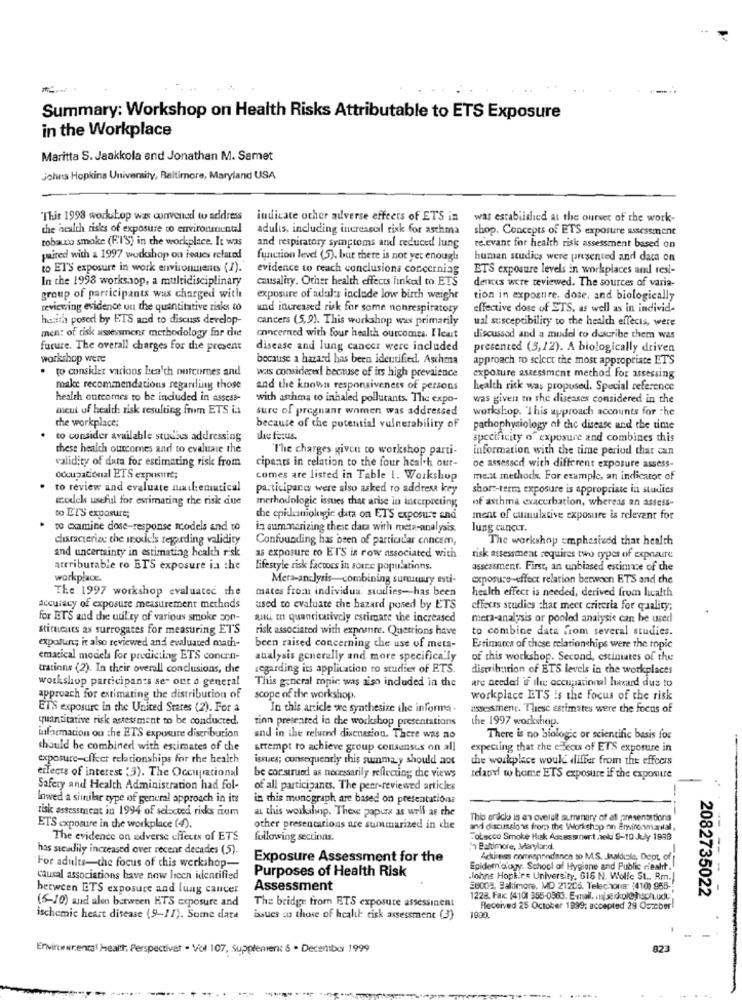
Summary: Workshop on Health Risks Attributable to ETS Exposure
in the Workplace
Maritta S. Jaakkola and Jonathan M. Samet
Johns Hopkins University, Baltimore, Maryland USA
This 1998 workshop was conventi to address
indicate other adverse effects of ETS in
was established at the ourver of the work-
the health risks of exposure to environmountal
adults, including increscol risk for asthma
shop. Concepts of ETS exposure assessment
tobauno smoke (F.I'S) in the workplace. It was
and respiratory symptoms and reduced lung
relevant for health risk assessment based on
paired with & 1997 wodshop on issues related
function level (5). bar there is not yet enough
human studies were presented and data on
to ET'S exposure in work environments (1).
evidence to reach conclusions concerniag
ETS exposure levels in workplaces and resi-
In the 1998 workshop, a multidisciplinary
causality. Other health effects finkel to ETS
dences were reviewed. The sources of varia-
group of parricipants was charged with
exposure of adul's include low birth weight
tion in exposure, dose, and biologically
reviewing evidence un the quantitative risks to
und increased risk for some nonrespiratory
effective dose of ETS, as well as in individ-
harith posed by ETS and to discuss develop
cancers (5,9). This workshop was primarily
ual susceptibility to the health effects, were
men: of risk assessment methodology for die
concerned with four health outcomes. I least
discussed and a model to describe them was
future. The overall charges for the present
disease and lung cancer were included
presented (5,12). A biologically driven
workshop were
because a hazard has been identified. Asthma
approach to select the most appropriate ETS
. to consider various ben'th ontcornes and
was considere! because of its high prevalence
expoture assessment method For assessing
make recommendations regarding those
and the known responsiveness of persons
health risk was proposed. Special reference
health outcomes to be included in assess-
with asthma to inhaled pollutants. The expo-
was given in the diseases considered in the
meut of health risk resulting from ETS in
sure of pregnant women was addressed
workshop. "This approach accounts for The
the workplace;
because of the potential vulnerability of
pathophysiology of the disease and the time
to consider available studies addressing
the fetus.
specificity of exposure and combines this
these health ouncomes and to evaluate the
'The charges given to workshop parti-
information with the time period that can
validity of data for estimating risk from
cipants in relation to the four health out-
be assessed with different exposure assess-
Occupational ETS exposure;
comes are listed in Table 1. Workshop
mest methods. For example, an indicator of
to review and evaluate niilemutical
participara were also asked ro address key
short-term exposure is appropriate in studies
model useful for estimating the risk due
methodologie issues that arise in interpreting
of asthma exacerbation, whereas an assess-
to L'T'S exposure;
the epidemiologic data on ETS exposure and
ment of cumulative exposure is relevant for
to examine dose-response models and to
in summarizing these daca with meta-analysis.
lung cancer.
characterize the models regarding validity
Confounding has been of particular concem,
The workshop emphasiesd that health
and uncertainty in estimating health risk
as exposure to ETS is row associated with
risk assessment requires two types of exposure
atrributable ro ETS exposure ia the
lifestyle risk factors in soure populations.
assessment. First, an unbiased estimate of the
workplace.
Mera-analysis-combining sunuuary esti-
exposure-effect relation between ETS and the
The 1997 workshop evaluated the
mates from individua. studies-has been
health effect is needed, derived from health
accuracy of exposure measurement methods
used to evaluate the hazard posed by ETS
effects studies chat meet criteria for quality;
for ETS and die udl ty of various smoke son-
au in quantitatively estimate the increased
meta-analysis or pooled analysis can be used
stinients as surrogates for measuring ET'S
risk associated with expnare. Quetrions have
to combine data from several studies.
expofur; it also reviewed and evaluated math-
been raised concerning the use of meta-
Estimates of these relationships were the topic
ematical models for predicting ETS conern-
analysis generally and more specifically
of this workshop. Second, estimates of the
tratinns (2). In their overall conclusions, the
regarding its application to studies of ETS.
distribution of ETS levels in the workplaces
workshop participants se- out a general
This general mpie was aiso induded in the
are needed if ile occupational hasard dus to
approach for estimating the distribution of
scope of the workshop,
workplace ETS Is the focus of the risk
ET'S exposure in the United States (2). For a
In this article we synthesize the informa.
assessment. These estimates were the focus of
quantitative risk assessment to be conducted.
tinn presented in the workshop presentations
the 1997 workshop.
information on the ETS exposure distribution
and in the reluend discussion. There was no
There is no biologic or scientific basis for
should be combined with estimates of the
attempt to achieve group consensus on all
expecting that the execus of ETS exporure in
exposure-cfleet relationships for the health
issues; consequently this summary should act
the workplace would differ from the effects
effects of interest (3). The Occupational
be construed as necessarily reflecting the views
Idapel w home ETS exposure if the exposure
Safety and Health Administration had fol-
of all participants. The peer-reviewed articles
lowed a similar type of general approach in its
in this monograph are based on presentations
risk assessment in 1994 of selected risks iam
at this workshop. These papers as well as the
This andclo is an overult summary of at presentations
ETS exposure in the workplace (4).
other presentations are summarized in che
and discussions from the Workshop on Environmarital,
The evidence on adverse effects of ETS
following sections.
Tobacco Smoke Husk Assassinort heki 9-10 July 1888
has steadily increased over recent decades (5).
7 Baltimore, Maryland.
Exposure Assessment for the
Ackiness commepandance to M.S. Jakduale, Dept. of
For adults-the focus of chis werkshop
Purposes of Health Risk
Epidem'a'owy. School of Hygiene and Public riesht .!
causal associations have now licen identified
Johns Hopkins University, 616 N. Wolfe St .. Rm.
between ETS exposure and lung cancer
Assessment
B8002. Baltimore, MD 21205. Telschona: (410) 965-
2082735022
(5-10) and alen between HTS exposure and
1228. Fax: (4101 355-0383. E-mail. majssikol@hach.ud.
The bridge from ETS exposure assessinent
Received 25 October 1999; accepted 29 Ourcber
ischemic heart disease (9-11). Some date
issues so those of health risk assessment (3)
1990.
Enviro wrental Health: Perspectives - Vol 107, Supplement 5 - December 1999
823